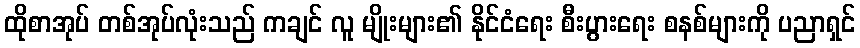
ထိုစာအုပ် တစ်အုပ်လုံးသည် ကချင် လူ မျိုးများ၏ နိုင်ငံရေး စီးပွားရေး စနစ်များကို ပညာရှင်